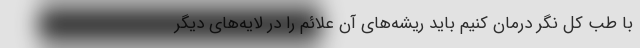
با طب کل نگر درمان کنیم باید ریشه‌های آن علائم را در لایه‌های دیگر